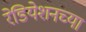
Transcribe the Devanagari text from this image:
रेडियेशनच्या